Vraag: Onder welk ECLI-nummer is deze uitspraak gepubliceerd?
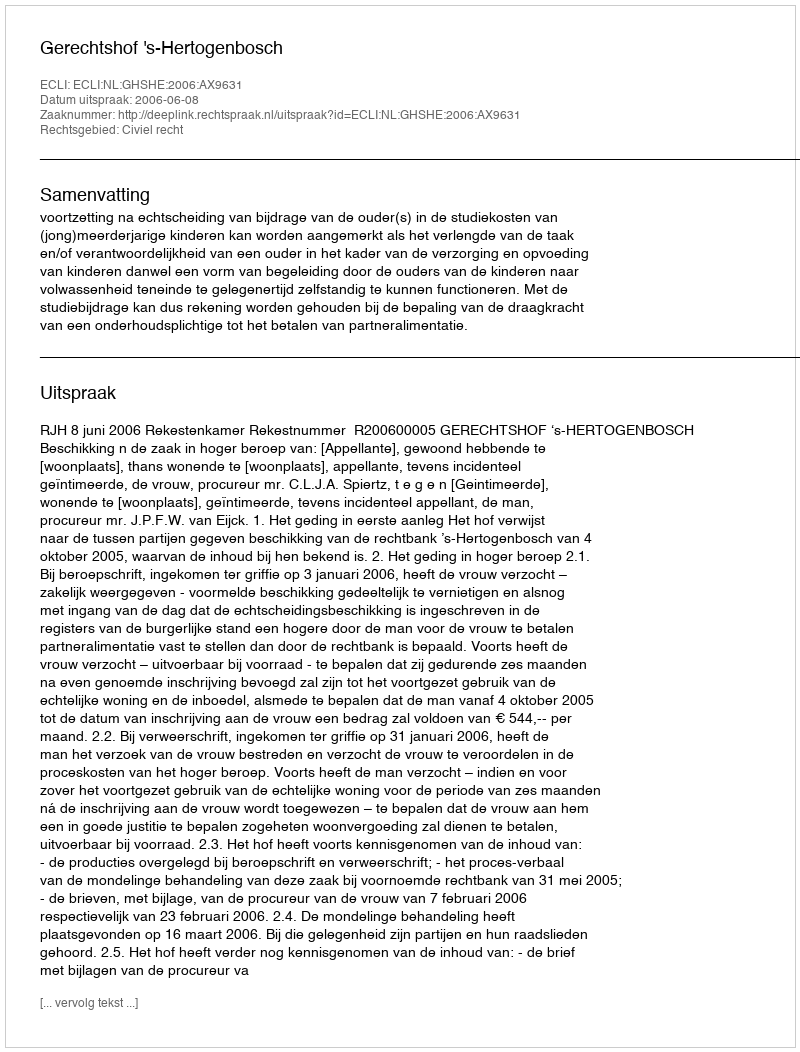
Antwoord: ECLI:NL:GHSHE:2006:AX9631